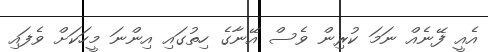
އެއީ ފޭނެއް ނަމަ ކުރިން ވެސް އޭނާގެ ހިތުގައި އިންނަ މީހަކަށް ވެފައި